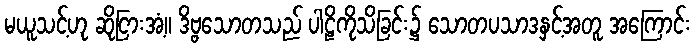
မယူသင့်ဟု ဆိုငြားအံ့။ ဒိဗ္ဗသောတသည် ပါဠိကိုသိခြင်း၌ သောတပသာဒနှင့်အတူ အကြောင်း